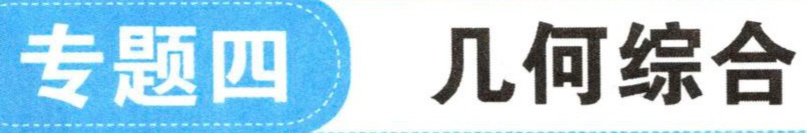
专题四 几何综合